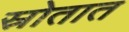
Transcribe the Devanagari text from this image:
स्रोतात